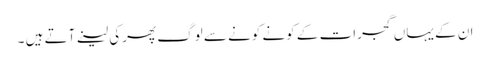
ان کے یہاں گجرات کے کونے کونے سے لوگ پھرکی لینے آتے ہیں ۔